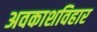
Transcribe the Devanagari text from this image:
अवकाशविहार